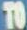
TO